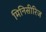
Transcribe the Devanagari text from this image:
मिनिसीरिज